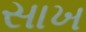
સાખ